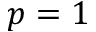
p = 1